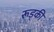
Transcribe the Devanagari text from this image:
रूड्की